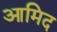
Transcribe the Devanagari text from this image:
आमिद